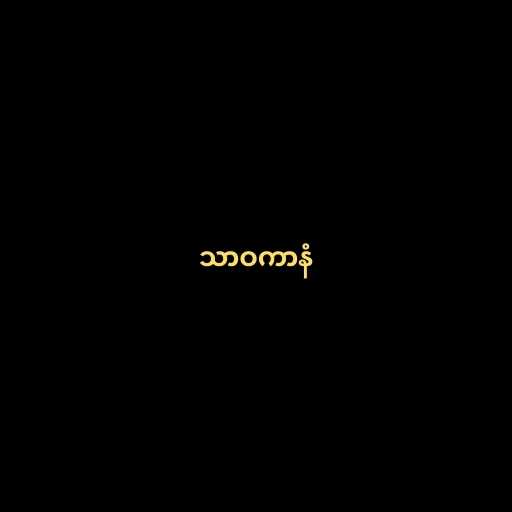
သာဝကာနံ